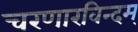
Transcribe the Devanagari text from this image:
चरणारविन्दम्